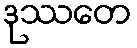
ဒုဿတေ